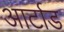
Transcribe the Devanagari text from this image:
आर्टाड